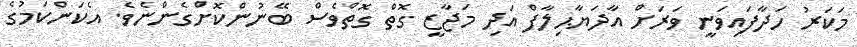
މަކަރު ހަދާފައިވަނީ ވަރަށް އާދަޔާޙިލާފް އަދި މަޖާޒީ ގޮތް ގޮތްވެސް ބޭނުންކޮށްގެންނެވެ. އެކަންކަމުގެ